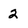
Character: 2